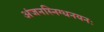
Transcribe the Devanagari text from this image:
अंजनस्निग्धनयनः